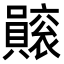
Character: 𧸫